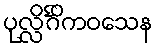
ပုလ္လိင်္ဂိကဝသေန